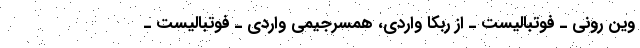
وین رونی ـ فوتبالیست ـ از ربکا واردی، همسرجیمی واردی ـ فوتبالیست ـ